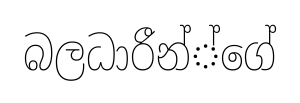
බලධාරීන්්ගේ